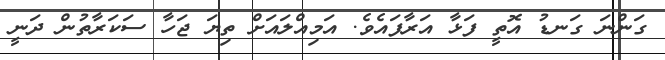
ގަންނަ ގަނޑު އޮތީ ފަޅާ އަރާފައެވެ. އަމިއްލައަށް ތިޔަ ޖަހާ ސަކަރާތުން ދަނީ